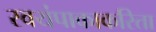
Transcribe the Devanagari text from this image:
स्वयंपाकाकरिता